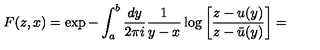
F ( z , x ) = \exp - \int _ { a } ^ { b } \frac { d y } { 2 \pi i } \frac { 1 } { y - x } \log \bigg [ \frac { z - u ( y ) } { z - \bar { u } ( y ) } \bigg ] =